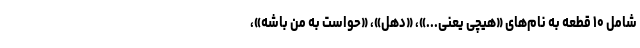
شامل ۱۰ قطعه به نام‌های «هیچی یعنی...»، «دهُل»، «حواست به من باشه»،